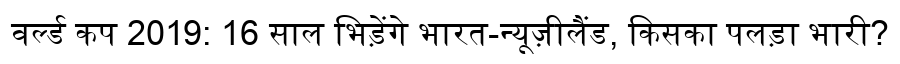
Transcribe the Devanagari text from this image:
वर्ल्ड कप 2019: 16 साल भिड़ेंगे भारत-न्यूज़ीलैंड, किसका पलड़ा भारी?